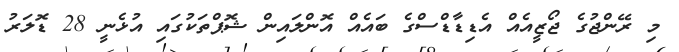
މި ރޭންޖުގެ ޖޯޒީއެއް އެޑިޑާޑްސްގެ ބައެއް އޮންލައިން ޝޮޕްތަކުގައި އުޅެނީ 28 ޑޮލަރު